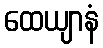
ထေယျာနံ